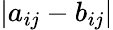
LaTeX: \lvert a_{ij}-b_{ij}\rvert